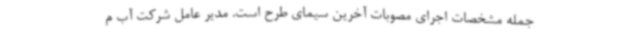
جمله مشخصات اجرای مصوبات آخرین سیمای طرح است. مدیر عامل شرکت آب م